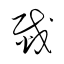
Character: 烖